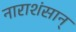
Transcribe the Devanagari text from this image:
नाराशंसान्